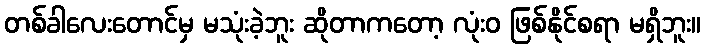
တစ်ခါလေးတောင်မှ မသုံးခဲ့ဘူး ဆိုတာကတော့ လုံးဝ ဖြစ်နိုင်စရာ မရှိဘူး။